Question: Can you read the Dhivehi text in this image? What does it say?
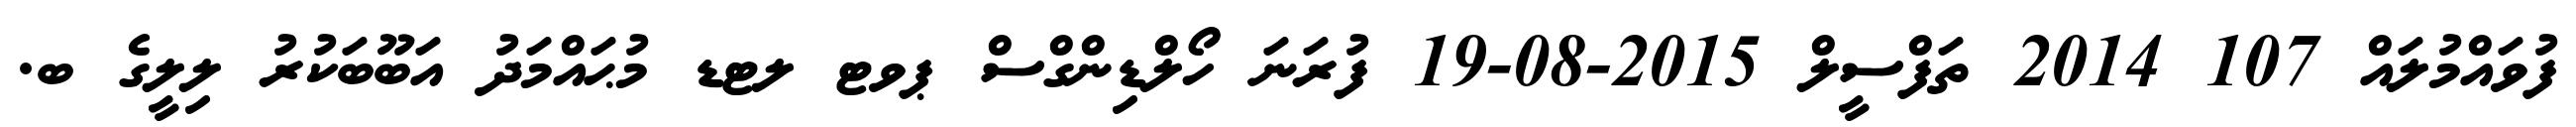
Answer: ފުވައްމުލައް 107 2014 ތަފްސީލް 2015-08-19 ފުރަނަ ހޯލްޑިންގްސް ޕވޓ ލޓޑ މުޙައްމަދު އަބޫބަކުރު ލިލީގެ ބ.